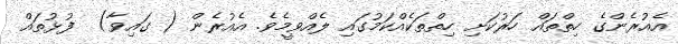
އެއުރެންގެ ހިތްތައް ހަރުކަށި ހިތްތަކެއްކަމުގައި ލެއްވީމެވެ. އެއުރެން ( ގައިވާ)  ފުޅުތައް